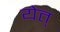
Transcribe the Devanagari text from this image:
येत्